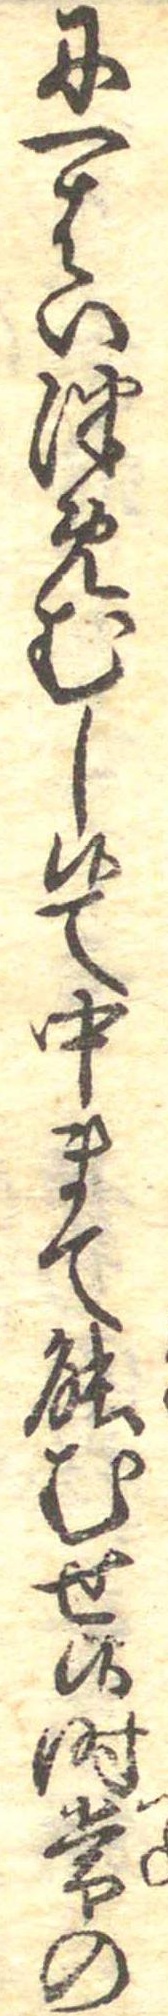
に一はいつめむし候て中まて能むせ候時常の